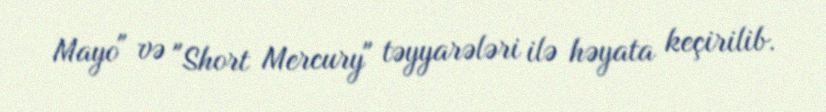
Mayo" və "Short Mercury" təyyarələri ilə həyata keçirilib.